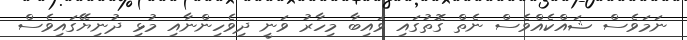
ނަމަވެސް ޝައްކެއްވެސް ނެތް ގޮތުގައި ވައިބާ މިހާރު ވަނީ ދިވެހިންނާއި މުޅި ދުނިޔޭގައިވެސް